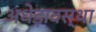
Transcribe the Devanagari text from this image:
अधेड़ावस्था